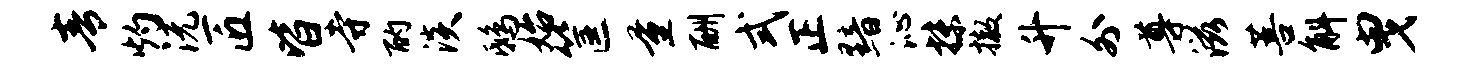
青灼沅匠皆寺酌淡鸱始筐量酬式正黯沁抹撤升外尊滋菩斛曳